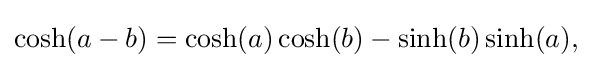
{\textstyle \cosh(a-b)=\cosh(a)\cosh(b)-\sinh(b)\sinh(a),}